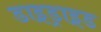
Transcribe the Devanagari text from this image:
डाइड्राइड